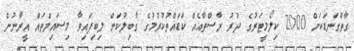
ގާތްގަނޑަކަށް 2000 ކިލޯމީޓަރުގެ ދުރު ރާސްތާއެއް ކަޑައްތުކުރުމުގެ ގާބިލުކަން ލިބިފައިވާ މިސައިލްތައް އީރާނުން